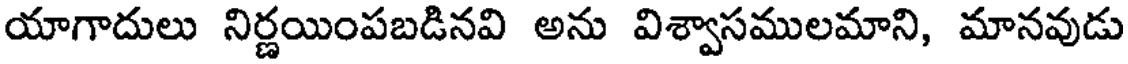
యాగాదులు నిర్ణయింపబడినవి అను విశ్వాసములమాని, మానవుడు